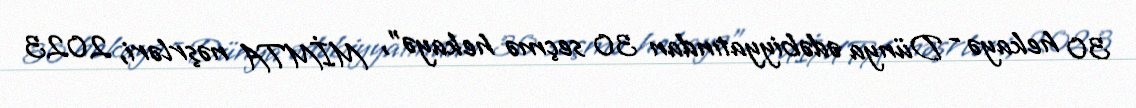
30 hekayə - Dünya ədəbiyyatından 30 seçmə hekayə", MİMTA nəşrləri, 2023